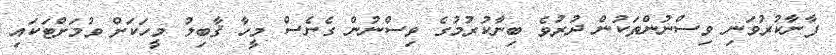
ފާނާކުރުވަނި ވިސްނުންތަކުން ދުރުވެ ބިނާކުރުމުގެ ވިސްނުން ގެނެސް މީހާ ޤާބިލު މީހަކަށް ވުމަށްޓަކައި